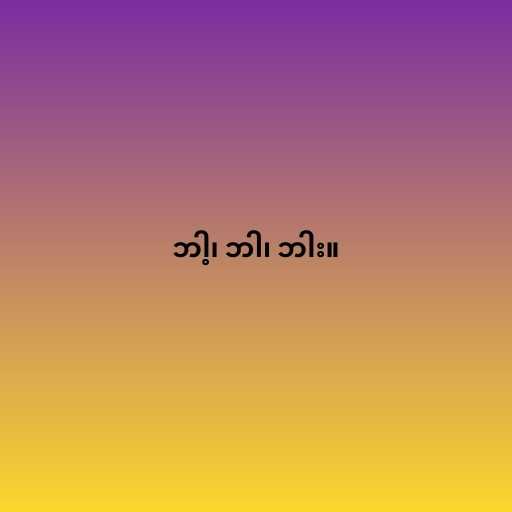
ဘါ့၊ ဘါ၊ ဘါး။